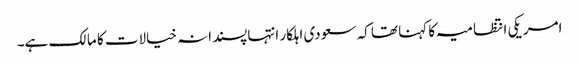
امریکی انتظامیہ کا کہنا تھا کہ سعودی اہلکار انتہاپسندانہ خیالات کا مالک ہے۔